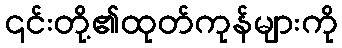
၎င်းတို့၏ထုတ်ကုန်များကို